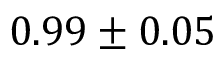
0 . 9 9 \pm 0 . 0 5